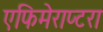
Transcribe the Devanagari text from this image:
एफिमेराप्टरा